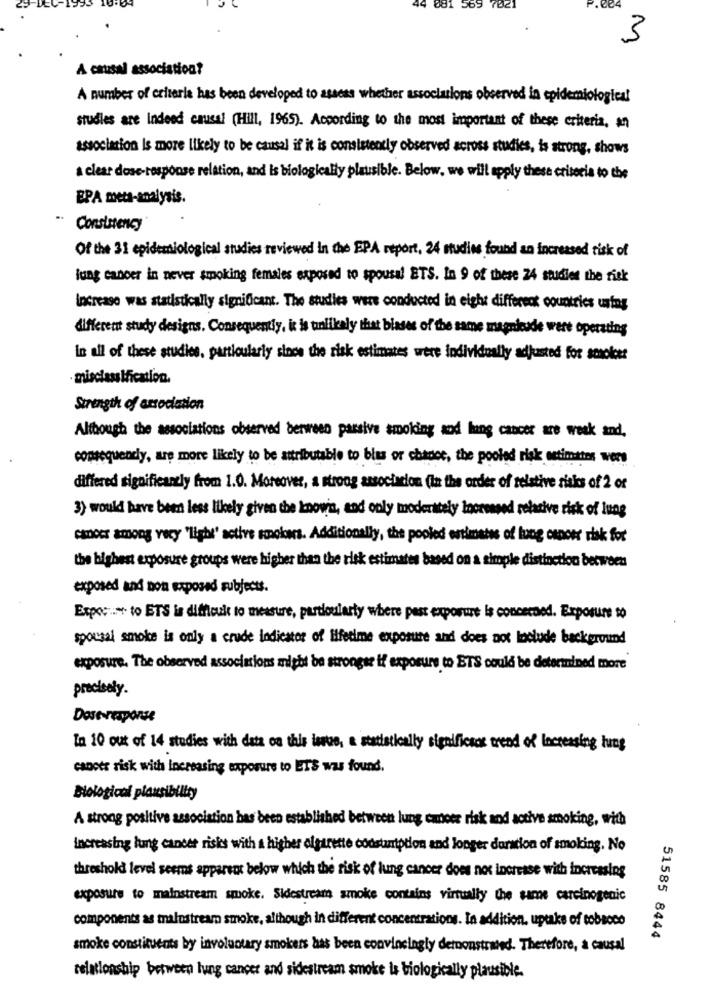
081 569
7021
.ee
3
A causal association?
A number of criteria has been developed to assess whether associations observed in epidemiological
studies are Indeed causal (Hill, 1965). According to the most important of these criteria, an
association Is more likely to be causal if it is consistently observed across studies, is strong, shows
a clear dose-response relation, and Is biologically plausible. Below, we will apply these criteria to the
EPA meta-analysis.
Consistency
Of the 31 epidemiological studies reviewed In the EPA report, 24 studies found an increased tisk of
lung cancer in never smoking females exposed to spousal ETS. In 9 of these 24 studiet the risk
Increase was statistically significant. The studies were conducted in eight different countries using
different study designs. Consequently, it is unlikely that biases of the same magnitude were operating
in all of these studies, particularly since the risk estimates were indivitually adjusted for smoker
misclass ification.
Strength of association
Although the associations observed berween passive smoking and lung cancer are weak and,
consequently, are more likely to be attributable to blas or chance, the pooled risk estimties wers
differed significantly from 1.0. Moreover, a strong association (In the order of telstive risks of 2 or
3) would have been less likely given the known, and only moderately Increased relative risk of lung
canocr among vecy "light' active smokers. Additionally, the pooled estimates of lung canons risk for
the highest exposure groups were higher than the risk estimates based on a simple distinction between
exposed and non exposed subjects.
Expect to ETS is difficult to measure, particularly where pest exposure is concerned. Exposure to
spousal smoke is only a crude Indicator of lifetime exposure and does not include background
exposure. The observed associations might be strongse if exposure to BTS could be determined more
precisely.
Dose response
In 10 out of 14 studies with data on this issue, & statistically significsos trend of Increasing lung
cancer risk with increasing exposure to ETS was found.
Biological plausibility
A strong positive association bas been established between lung emboer risk and active smoking, with
Increasing lung cancer risks with a higher olgarette consumption and longer duration of smoking. No
threshold level seems apparent below which the risk of lung cancer does not increase with increasing
exposure to mainstream smoke. Sidestream smoke contains virtually the same carcinogenic
components as mainstream smoke, although in different concentrations. In addition, uptake of tobacco
51585 8444
smoke constituents by involuntary smokers has been convincingly detnonstrated. Therefore, a causal
relationship between lung cancer and sidestream smoke is biologically plausible.